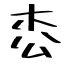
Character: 枩